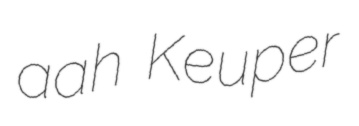
aah Keuper